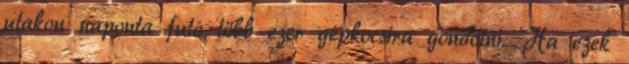
utakon naponta futó több ezer gépkocsira gondolni. Ha ezek